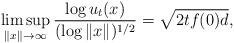
LaTeX: \begin{align*}\limsup_{\|x\|\to\infty} \frac{\log u_t(x)}{(\log\|x\|)^{1/2}}=\sqrt{2tf(0)d},\end{align*}